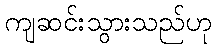
ကျဆင်းသွားသည်ဟု